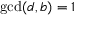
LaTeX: \operatorname* { g c d } ( d , b ) = 1